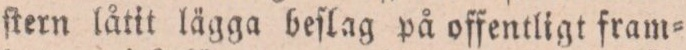
ſtern låtit lägga beſlag på offentligt fram=